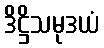
ဒိဋ္ဌိသမုဒယံ